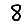
Digit: 8